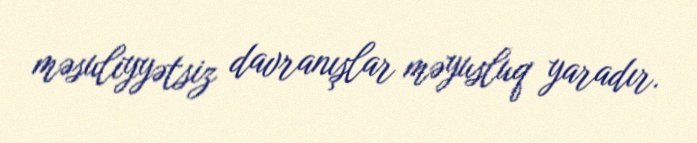
məsuliyyətsiz davranışlar məyusluq yaradır.